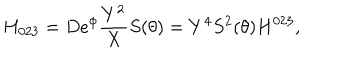
H _ { 0 2 3 } = D e ^ { \phi } \frac { Y ^ { 2 } } X S ( \theta ) = Y ^ { 4 } S ^ { 2 } ( \theta ) H ^ { 0 2 3 } ,